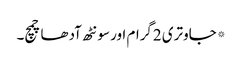
*جاوتری 2گرام اور سونٹھ آدھا چمچ۔